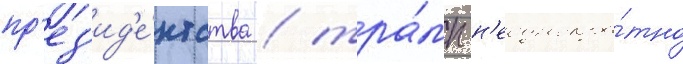
пр'ез'ид'е́нтства / тра́мп н'еоднокра́тно